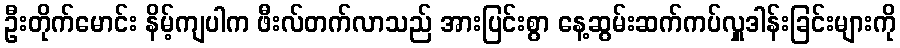
ဦးတိုက်မောင်း နိမ့်ကျပါက ဖီးလ်တက်လာသည် အားပြင်းစွာ နေ့ဆွမ်းဆက်ကပ်လှူဒါန်းခြင်းများကို